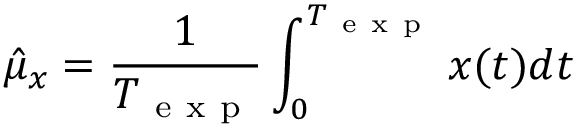
\hat { \mu } _ { x } = \frac { 1 } { T _ { \mathrm { ~ e ~ x ~ p ~ } } } \int _ { 0 } ^ { T _ { \mathrm { ~ e ~ x ~ p ~ } } } x ( t ) d t